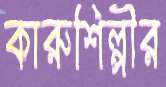
কারুশিল্পীর